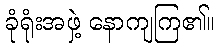
ခုံရုံးအဖှဲ့ နောကျကြ၏။